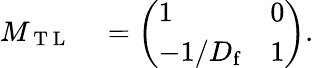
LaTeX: \begin{array}{rl}{M_{\mathrm{~T~L~}}}&{{}=\left(\begin{array}{ll}{1}&{0}\\ {-1/D_{\mathrm{f}}}&{1}\end{array}\right).}\end{array}